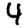
Digit: 4